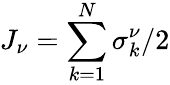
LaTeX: J_{\nu}=\sum_{k=1}^{N}\sigma_{k}^{\nu}/2